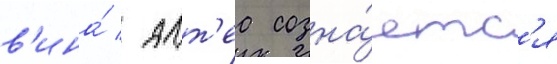
в'ина́ / алт'еа созна́етс'я